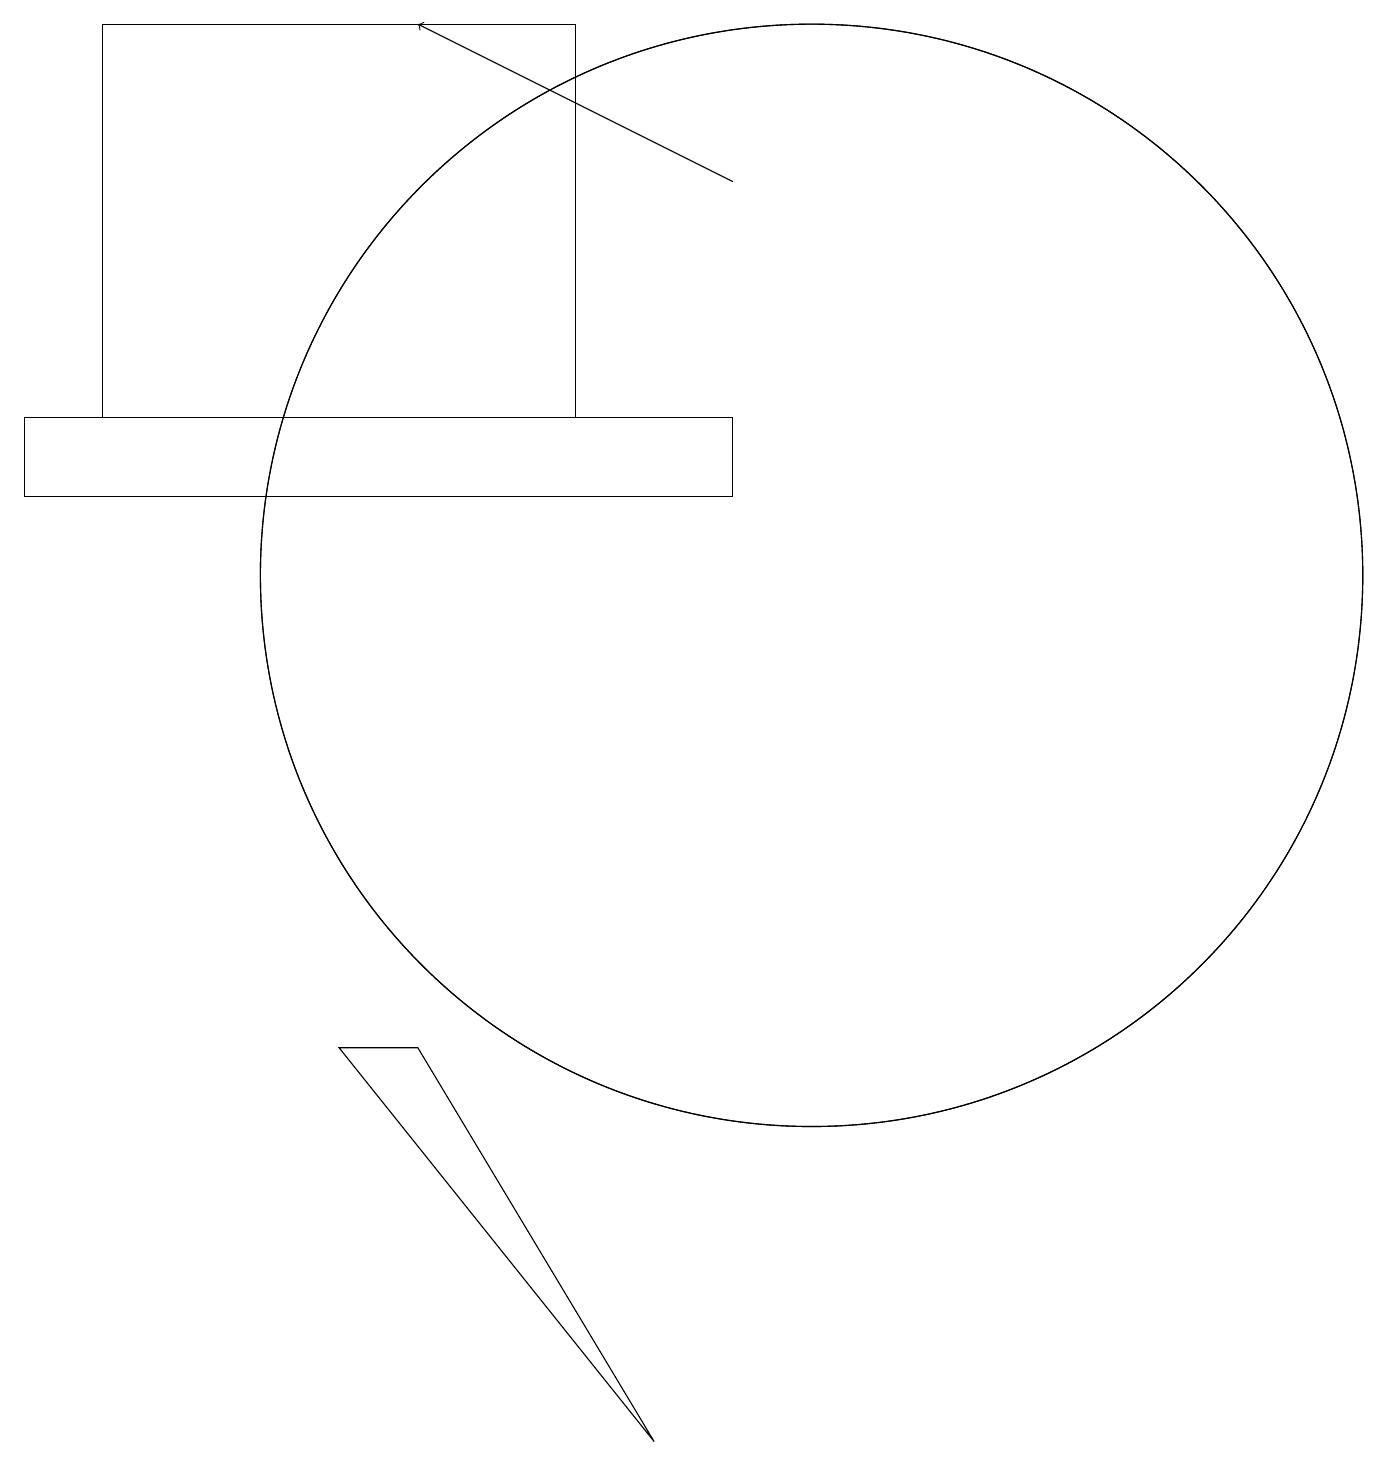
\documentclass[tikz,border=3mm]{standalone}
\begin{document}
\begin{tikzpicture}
\draw (10,11) circle (7);
\draw (7,18) rectangle (1,13);
\draw (9,12) rectangle (0,13);
\draw (10,11) circle (7);
\draw[->] (9,16) -- (5,18);
\draw (5,5) -- (8,0) -- (4,5) -- cycle;
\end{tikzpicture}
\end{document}